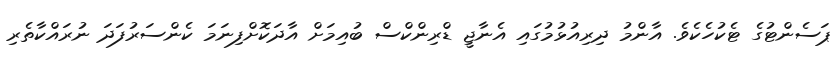
ޕަސެންޓުގެ ޓެކުހެކެވެ. އާންމު ދިރިއުޅުމުގައި އެނާޖީ ޑްރިންކްސް ބުއިމަށް އާދަކޮށްފިނަމަ ކެންސަރުފަދަ ނުރައްކާތެރި